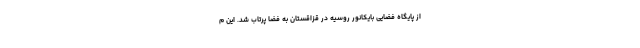
از پایگاه فضایی بایکانور روسیه در قزاقستان به فضا پرتاب شد. این م